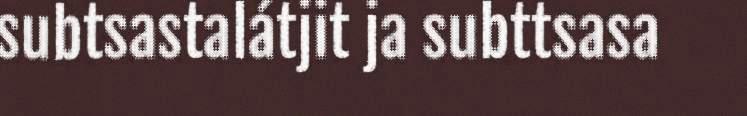
subtsastalátjit ja subttsasa